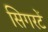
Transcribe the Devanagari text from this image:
सिगरटें